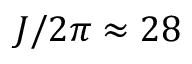
J / 2 \pi \approx 2 8